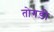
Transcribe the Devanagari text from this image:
तोगड़ी